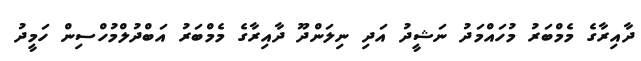
ދާއިރާގެ މެމްބަރު މުހައްމަދު ނަޝީދު އަދި ނިލަންދޫ ދާއިރާގެ މެމްބަރު އަބްދުލްމުހްސިން ހަމީދު